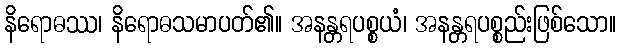
နိရောဓဿ၊ နိရောဓသမာပတ်၏။ အနန္တရပစ္စယံ၊ အနန္တရပစ္စည်းဖြစ်သော။